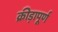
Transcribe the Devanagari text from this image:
क्रीड़ापूर्ण